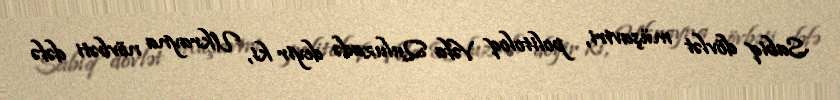
Sabiq dövlət müşaviri, politoloq Vəfa Quluzadə deyir ki, Ukrayna növbəti dəfə